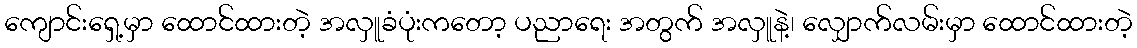
ကျောင်းရှေ့မှာ ထောင်ထားတဲ့ အလှူခံပုံးကတော့ ပညာရေး အတွက် အလှူနဲ့၊ လျှောက်လမ်းမှာ ထောင်ထားတဲ့